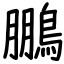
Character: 鵬